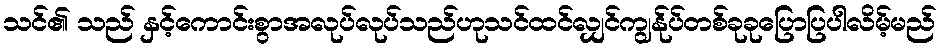
သင်၏ သည် နှင့်ကောင်းစွာအလုပ်လုပ်သည်ဟုသင်ထင်လျှင်ကျွန်ုပ်တစ်ခုခုပြောပြပါလိမ့်မည်